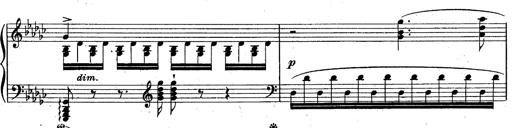
Title: La Marseillaise
Composer: Franz Liszt
Key: B-flat major